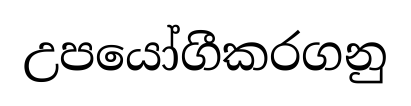
උපයෝගීකරගනු